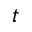
t